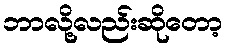
ဘာလို့လည်းဆိုတော့